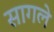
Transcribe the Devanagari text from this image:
सागले